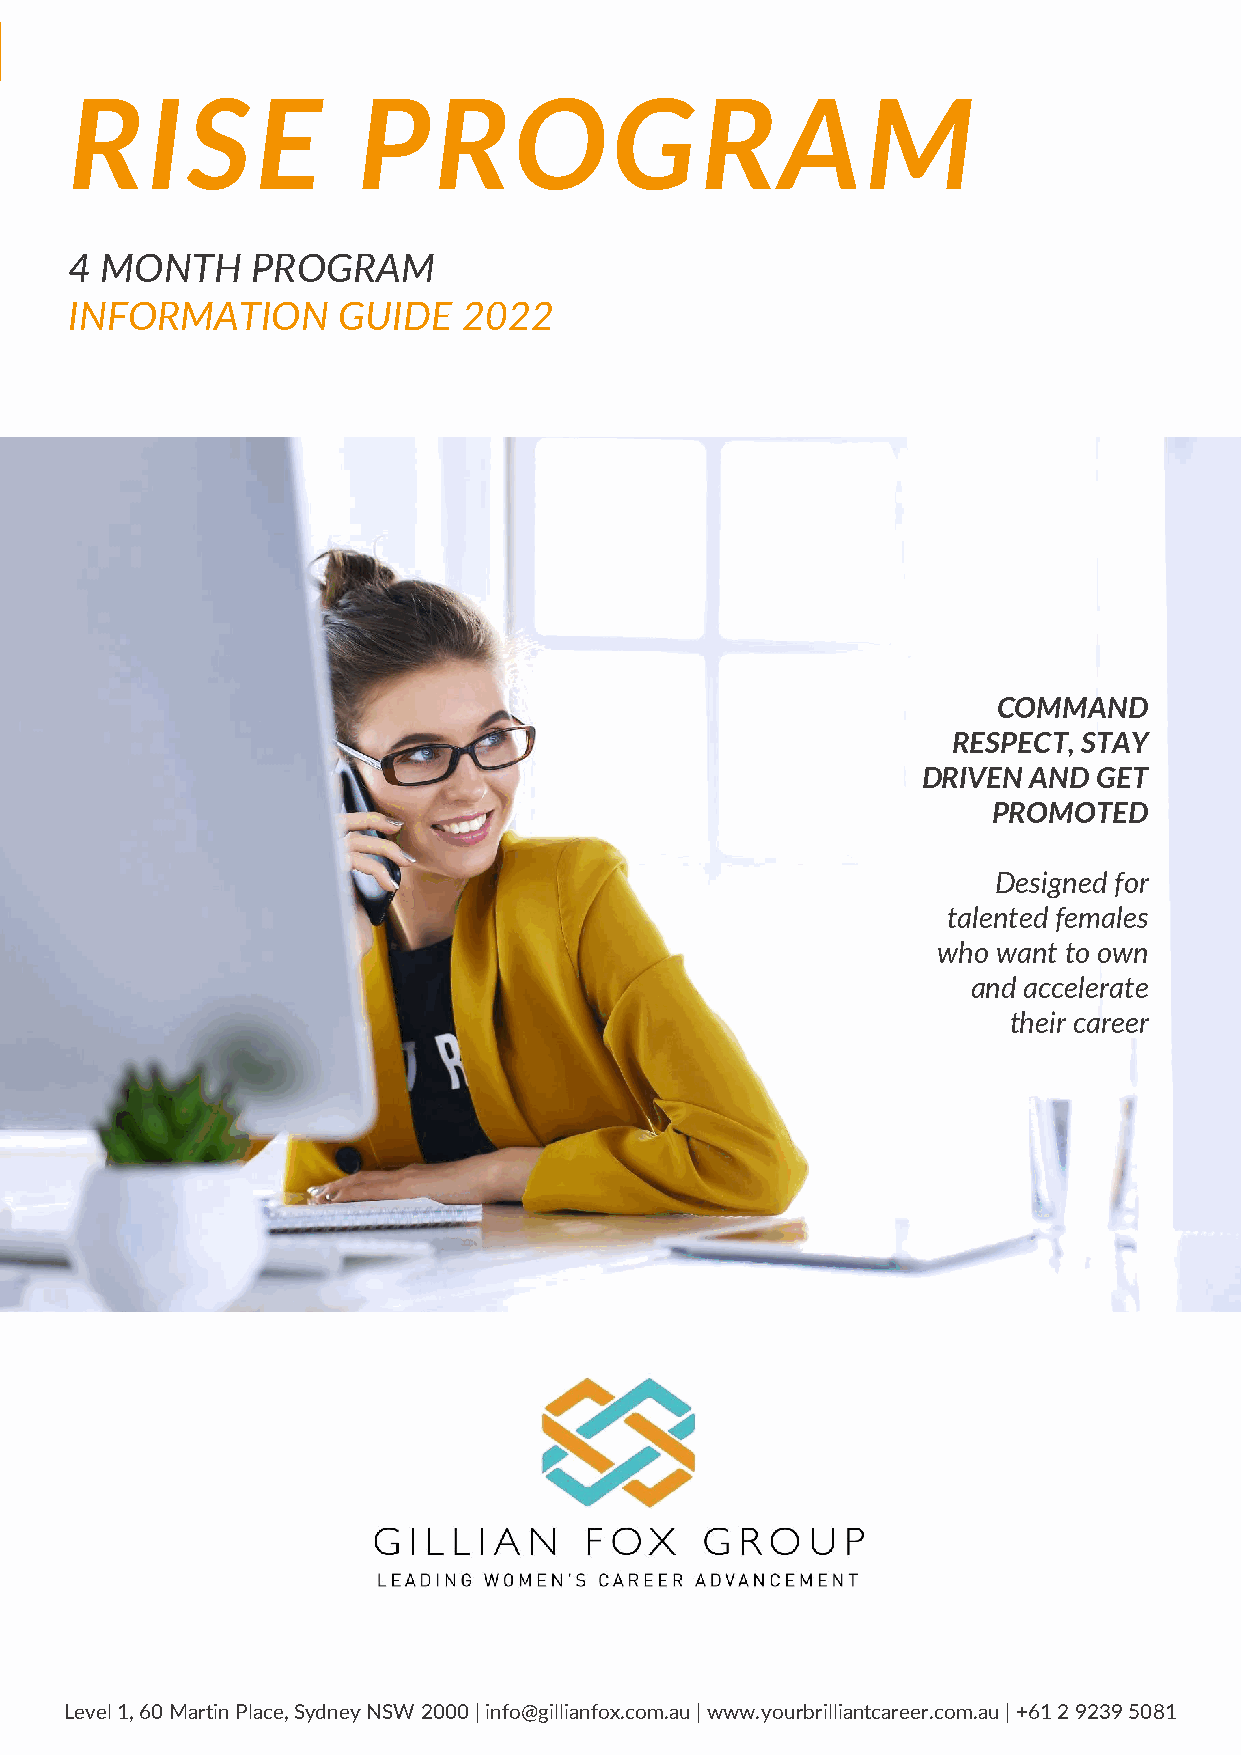
RISE               PROGRAM
 4 MONTH     PROGRAM
 INFORMATION      GUIDE    2022
 COMMAND
 RESPECT, STAY
 DRIVEN AND  GET
 PROMOTED
 Designed for
 talented females
 who want to own
 and accelerate
 their career
 Level 1, 60 Martin Place, Sydney NSW 2000 | info@gillianfox.com.au | www.yourbrilliantcareer.com.au | +61 2 9239 5081